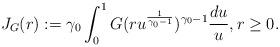
LaTeX: \begin{align*} J_G(r):=\gamma_0 \int_0^1 G(ru^{\frac{1}{\gamma_0 - 1}}) ^{\gamma_0 - 1}\frac{du}{u},r\geq 0 .\end{align*}